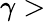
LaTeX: \gamma>